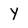
Character: y